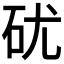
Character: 𥐶